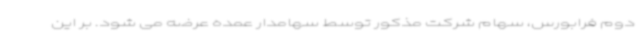
دوم فرابورس، سهام شرکت مذکور توسط سهامدار عمده عرضه می شود. بر این